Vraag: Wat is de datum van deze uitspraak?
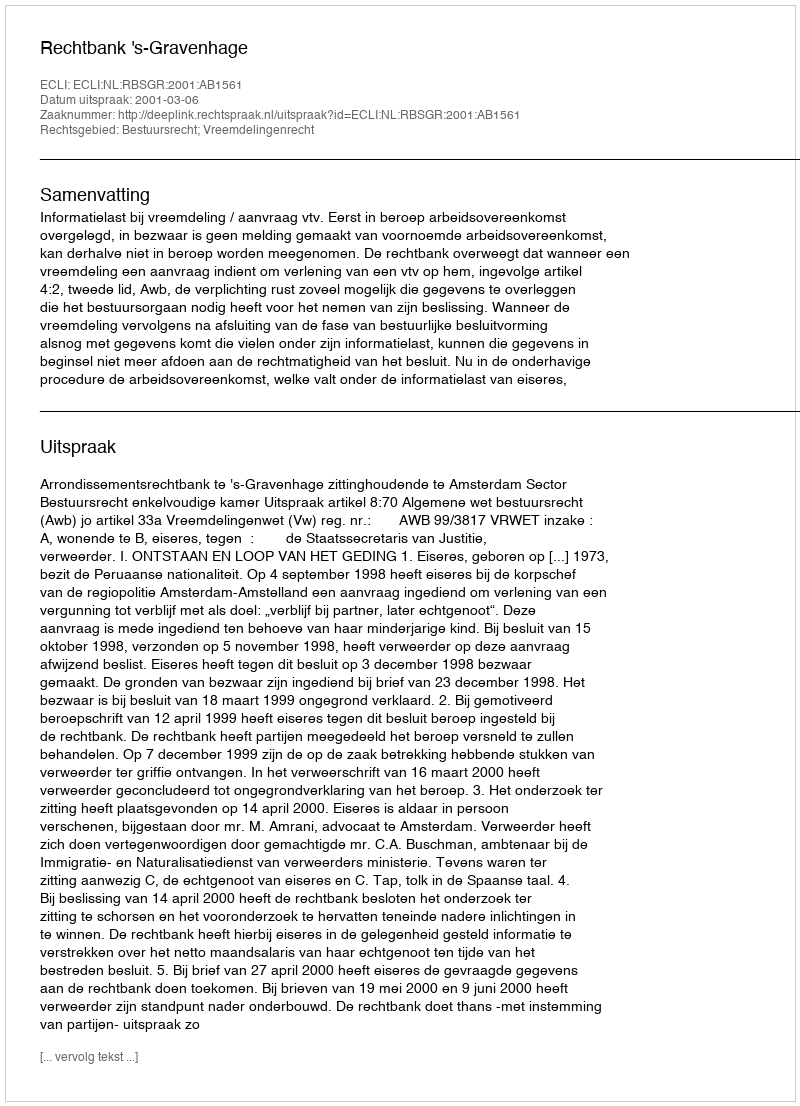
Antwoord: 2001-03-06